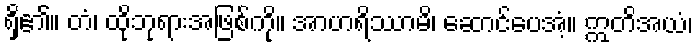
ရှိ၏။ တံ၊ ထိုဘုရားအဖြစ်ကို။ အာဟရိဿာမိ၊ ဆောင်ပေအံ့။ ဣတိအယံ၊